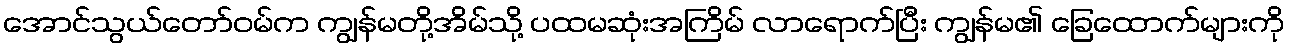
အောင်သွယ်တော်ဝမ်က ကျွန်မတို့အိမ်သို့ ပထမဆုံးအကြိမ် လာရောက်ပြီး ကျွန်မ၏ ခြေထောက်များကို